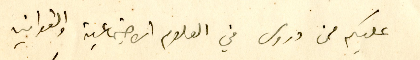
عليكم من دروس في العلوم الاجتماعية والقوانين